Burma Government Medical School reports 1907-22
Year: 1907
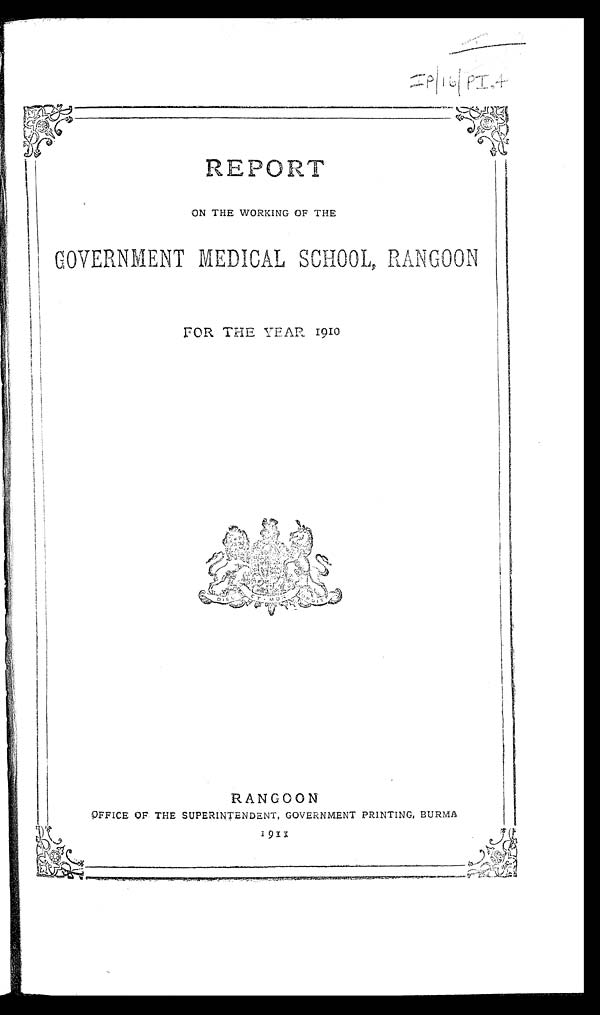
REPORT
ON THE WORKING OF THE
GOVERNMENT MEDICAL SCHOOL, RANGOON
FOR THE YEAR 1910
IP/16/PI.4
RANGOON
OFFICE OF THE SUPERINTENDENT, GOVERNMENT PRINTING, BURMA
1911